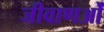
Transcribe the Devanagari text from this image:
जीवाणओं